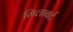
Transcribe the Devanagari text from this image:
गिलाबर्ट